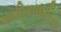
આદિમજાતિના